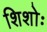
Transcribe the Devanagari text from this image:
शिशोः